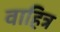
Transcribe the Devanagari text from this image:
वाहित्र